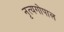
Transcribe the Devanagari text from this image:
नृत्यगोपाल